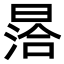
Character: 㬁